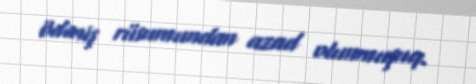
ödəniş rüsumundan azad olunmuşuq.